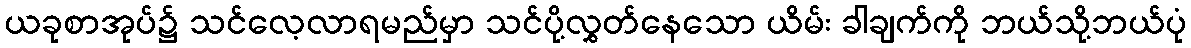
ယခုစာအုပ်၌ သင်လေ့လာရမည်မှာ သင်ပို့လွှတ်နေသော ယိမ်း ခါချက်ကို ဘယ်သို့ဘယ်ပုံ